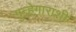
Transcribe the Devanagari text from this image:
गुन्हेगारांशी